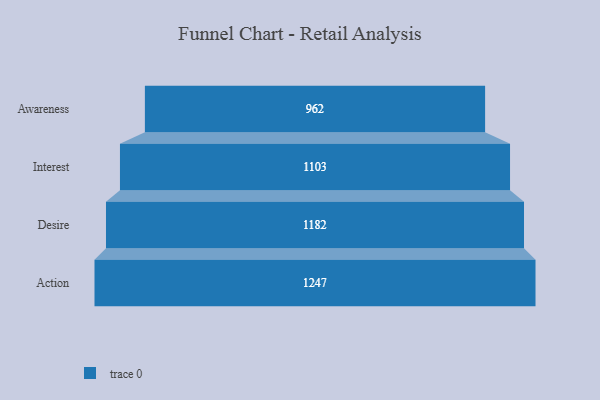
{"axis": {"x": "Stage", "y": "Value"}, "legend": [""], "data": [{"x": "Awareness", "y": 962.0, "type": ""}, {"x": "Interest", "y": 1103.0, "type": ""}, {"x": "Desire", "y": 1182.0, "type": ""}, {"x": "Action", "y": 1247.0, "type": ""}]}